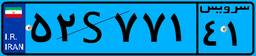
۵۲S۷۷۱۴۱